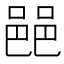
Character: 䣈